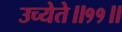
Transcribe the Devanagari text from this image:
उच्येते॥११॥